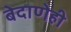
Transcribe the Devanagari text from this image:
बेदाणेही